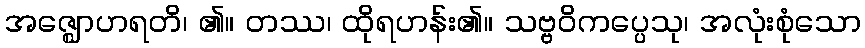
အဇ္ဈောဟရတိ၊ ၏။ တဿ၊ ထိုရဟန်း၏။ သဗ္ဗဝိကပ္ပေသု၊ အလုံးစုံသော